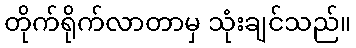
တိုက်ရိုက်လာတာမှ သုံးချင်သည်။